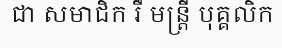
ជា សមាជិក រឺ មន្ត្រី បុគ្គលិក